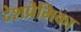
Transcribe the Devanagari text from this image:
देशप्रेमिका